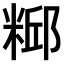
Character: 𫃃